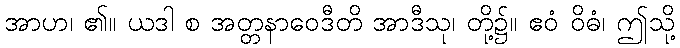
အာဟ၊ ၏။ ယဒါ စ အတ္တနာဝေဒီတိ အာဒီသု၊ တို့၌။ ဧဝံ ဝိဓံ၊ ဤသို့